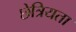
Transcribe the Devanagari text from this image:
छेत्रियता